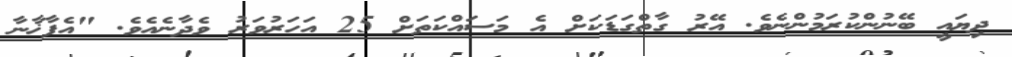
ދިޔައީ ބޭނުންކުރަމުންނެވެ. އޭރު ގާތްގަޑަކަށް އެ މަސައްކަތަށް 25 އަހަރުވަރު ވެދާނެއެވެ. "އެފާޚާނާ